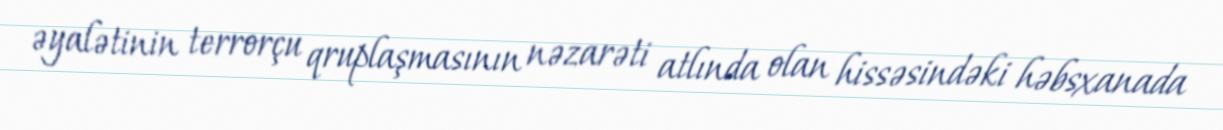
əyalətinin terrorçu qruplaşmasının nəzarəti atlında olan hissəsindəki həbsxanada